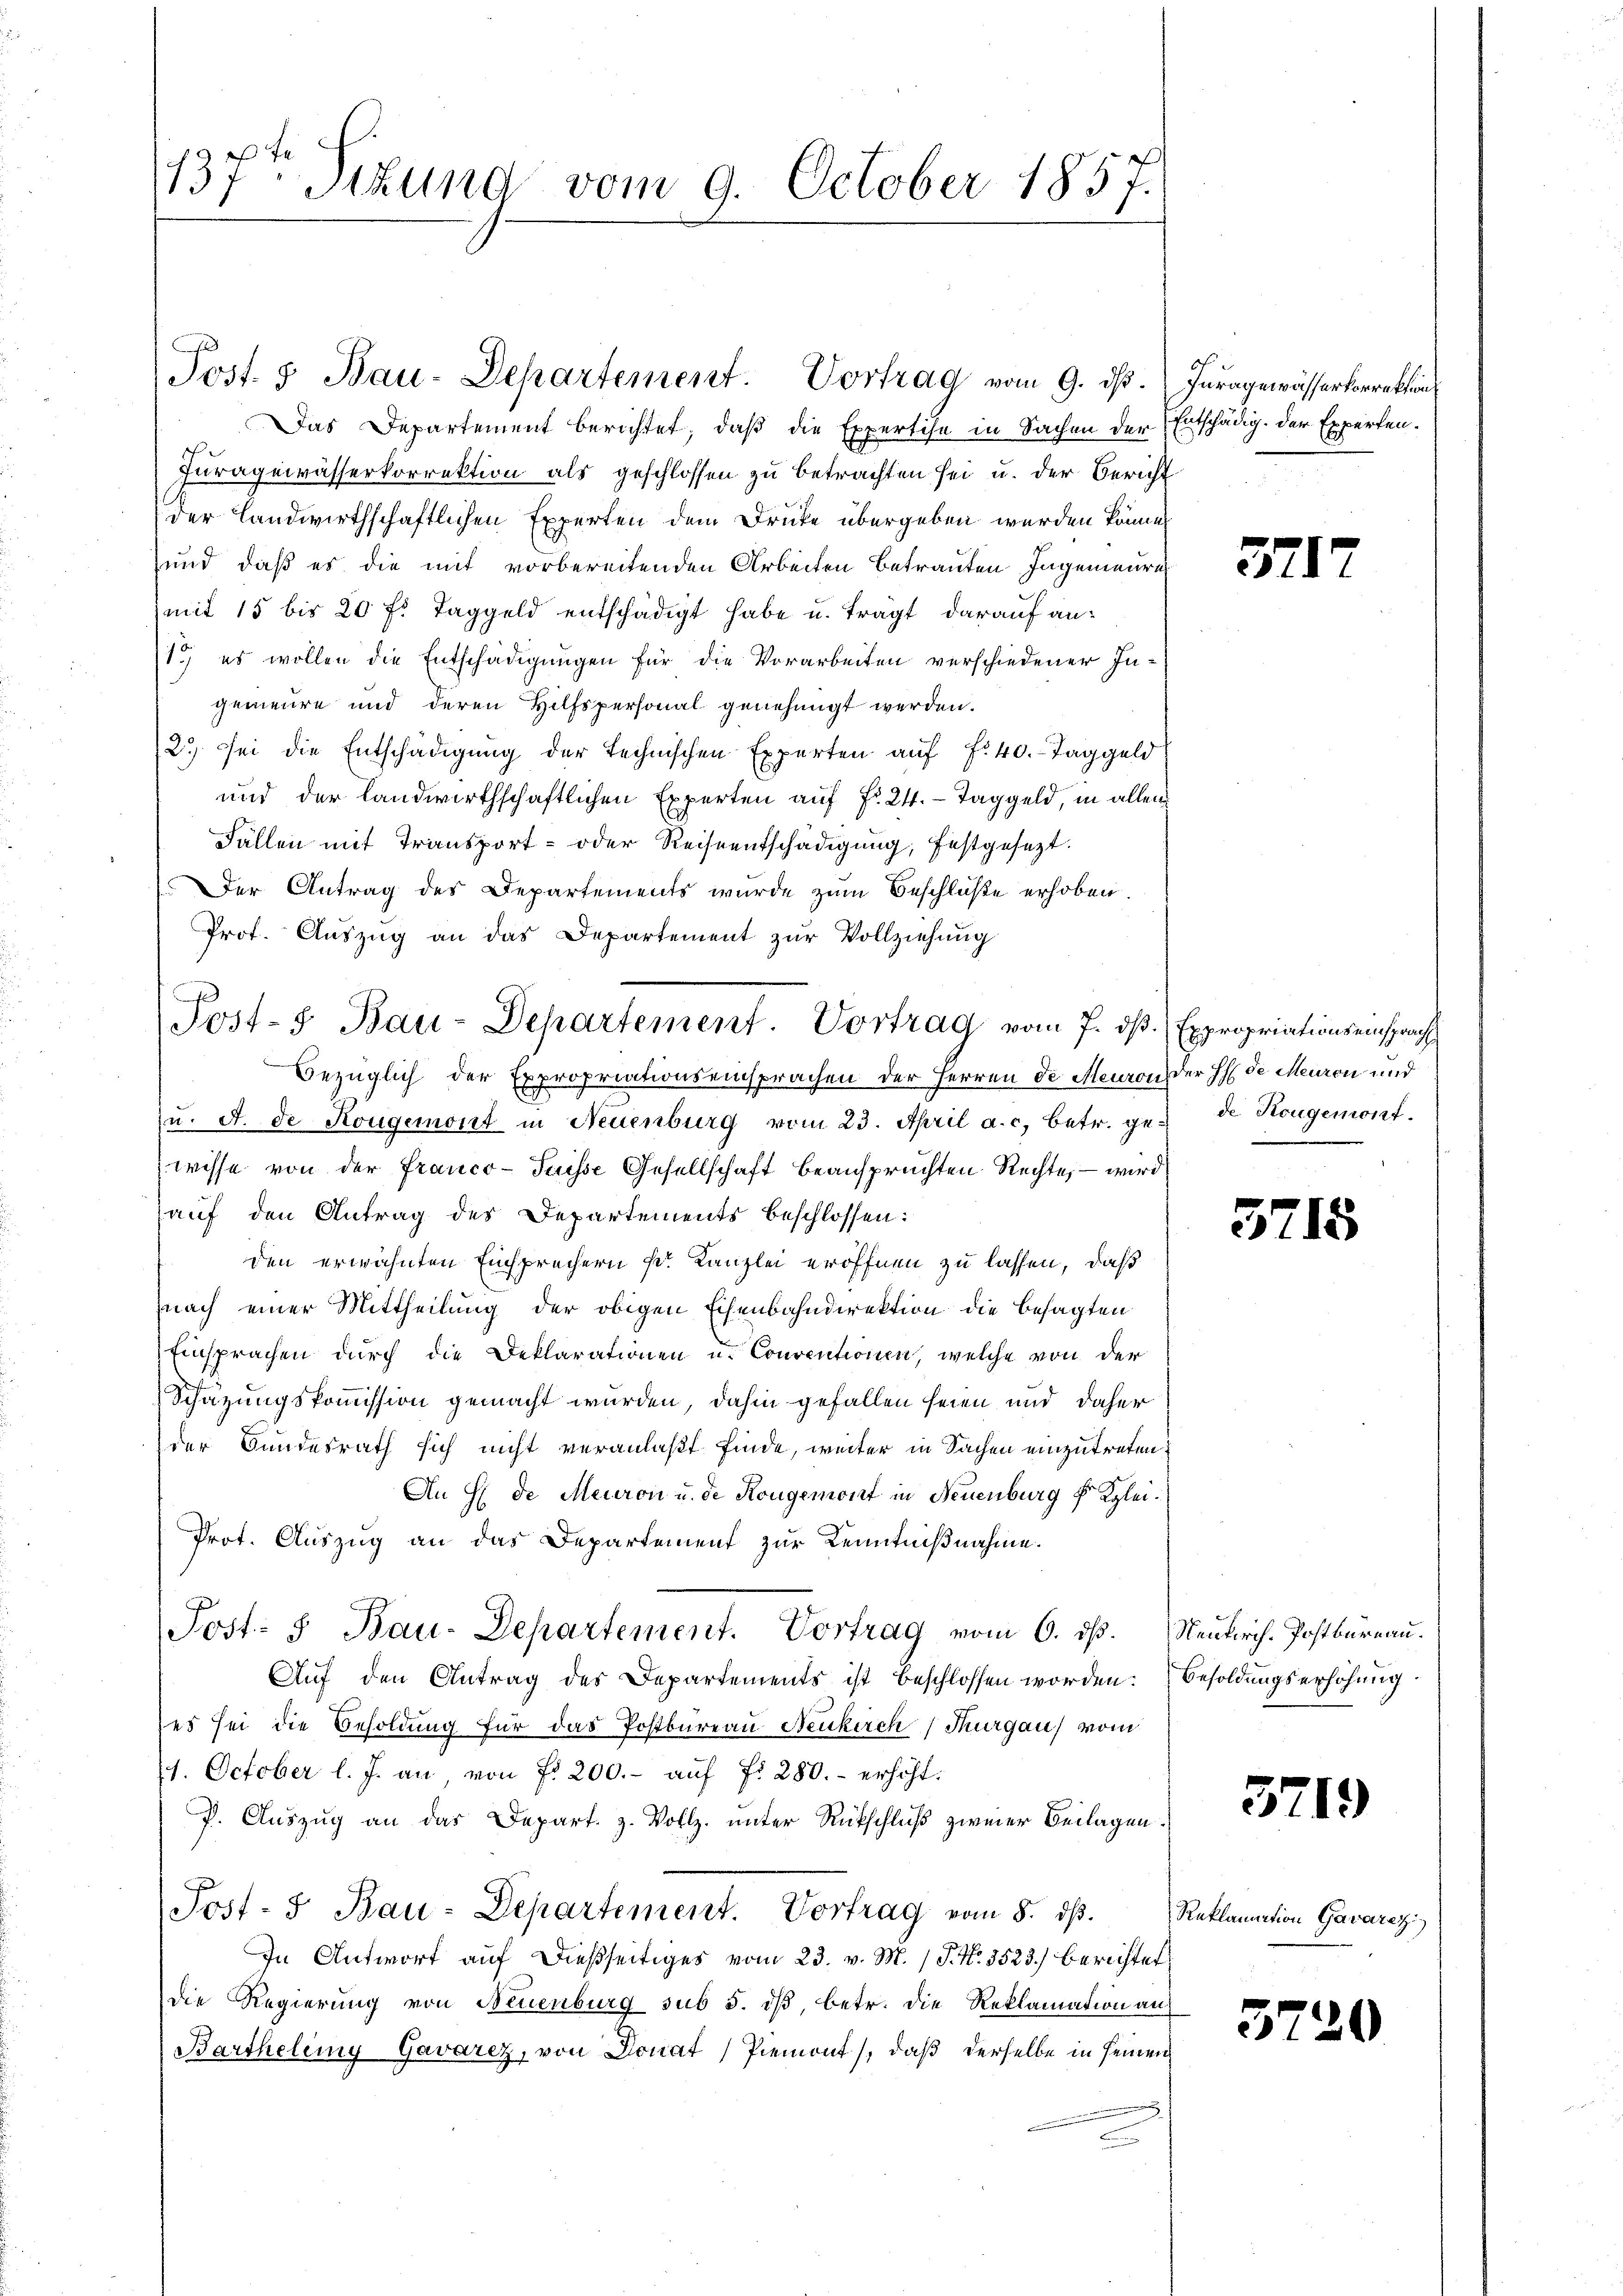
137ten Sekund vom 9. October 1857.

Das Departement berichtet, daß die Expertise in Sachen der Entschädig. Der Experten¬
Juragewässerkorrektion als geschlossen zu betrachten sei u. der Bericht
der Landwirthschaftlichen Experten dem Drucke übergeben werden könne
und, daß es die mit vorbereitenden Arbeiten Betrauten Ingenieure
mit 15 bis 20 f: Taggeld entschädigt habe u. trägt darauf an¬
1) es wollen die Entschädigungen für die Vorarbeiten verschiedener Ingemeure und deren Hilfspersonal genehmigt werden.
2.) Sei die Entschädigŭng der technischen Experten aŭf f. 40. Taggeld
und der landwirthschaftlichen Experten auf Fr. 24. Taggeld, in allen
Fällen mit Transport- oder Reiseentschädigung, festgesezt.
Der Antrag des Departements wurde zum Beschlüße erhoben.
Prot. Auszug an das Departement zur Vollziehung
Bezüglich der Expropriationseinsprachen der Herren de Meuron der H. de Meuron und
(u. A. de Rougemont in Neuenburg vom 23. April a. c. betr. gede Kongemont.
wisse von der Franco- Puisse Gesellschaft beanspruchten Rechte, – wird
auf den Antrag des Departements beschlossen:
den erwähnten Einsprechern Fr. Kanzlei eröffnen zu lassen, daß
nach einer Mittheilung der obigen Eisenbahndirektion die besagten
Einsprachen durch die Deklarationen u. Conventionen, welche von der
Schazungskommission gemacht wurden, dahin gefallen seien und daher
der Bundesrath sich nicht veranlaßt finde, weiter in Sachen einzutreten.
An H. de Meuron u. de Rougemont in Neuenburg f Klei¬
Prot. Auszug an das Departement zur Kenntnißnahme.
Post- & Bau-Departement. Vortrag vom 6. dß. Neukirch. Postbureau.
Aŭf den Antrag des Departements ist beschlossen worden: Besoldungserhöhŭng
es sei die Besoldung für das Postbureau Neukirch Thurgau, vom
1. October l. J. an von fr 200.- aŭf fr 280.- erhöht.
P. Auszug an das Depart. z. Vollz. unter Rückschluß zweier Beilagen.
Post- 5. Bau-Departement. Vortrag vom 8. ds.
In Antwort auf dießseitiges vom 23. v. M. (T. N. 3523.) Berichtet
die Regierung von Neuenburg sub 5. dβ betr. die Reklamation an
Bartheleny Gavarez, von Donat Piemont), daß derselbe in seinen

Post. 3 Bau-Departement. Vortrag vom 9. ds.

Post- Bau-Departement. Vortrag vom 7. dß. Expropriationseinspracht

6.
Inragewässerkorrektion

57

1

5715

3719

Reklamation Gavarez

5720